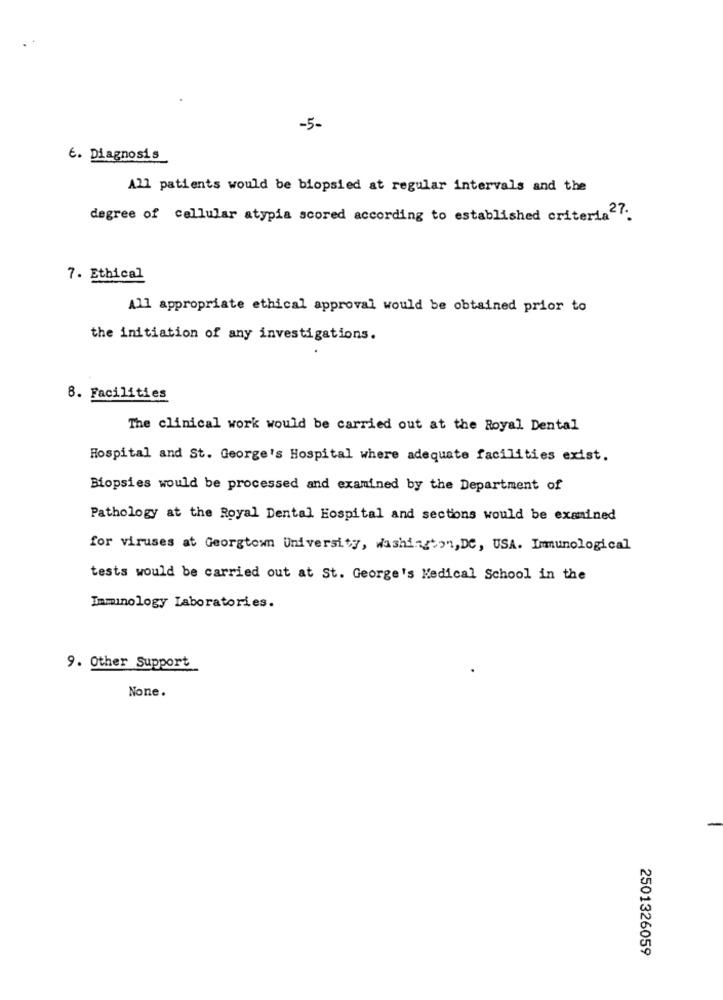
-5-
6. Diagnosis
All patients would be biopsied at regular intervals and the
degree of cellular atypia scored according to established criteria <:
7. Ethical
All appropriate ethical approval would be obtained prior to
the initiation of any investigations.
8. Facilities
The clinical work would be carried out at the Royal Dental
Hospital and St. George's Hospital where adequate facilities exist.
Biopsies would be processed and examined by the Department of
Pathology at the Royal Dental Hospital and sections would be examined
for viruses at Georgtown University, Washington, DC, USA. Immunological
tests would be carried out at St. George's Medical School in the
Immunology Laboratories.
9. Other Support
None.
2501326059